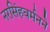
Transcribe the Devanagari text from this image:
नरसिंहवर्मनने